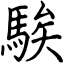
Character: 騃